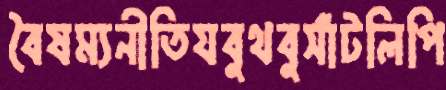
বৈষম্যনীতিযবুথবুসাঁটলিপি